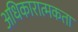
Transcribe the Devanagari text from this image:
अधिकारात्मकता